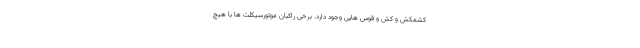
کشمکش و کش و قوس هایی وجود دارد. برخی راکبان موتورسیکلت ها با هیچ